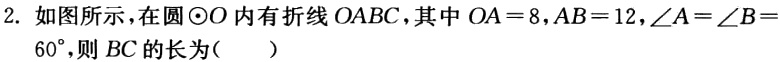
2. 如图所示，在圆$\odot O$内有折线$OABC$，其中$OA = 8,AB = 12,\angle A=\angle B = 60^{\circ}$，则$BC$的长为（  ）